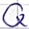
Text: Q